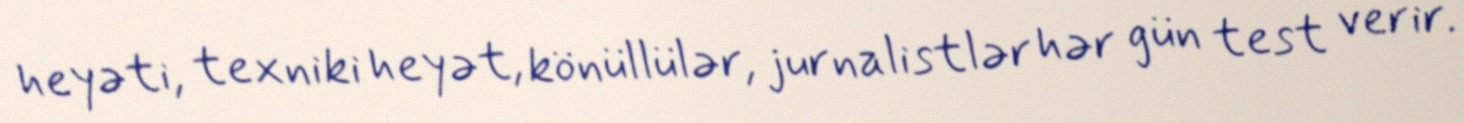
heyəti, texniki heyət, könüllülər, jurnalistlər hər gün test verir.